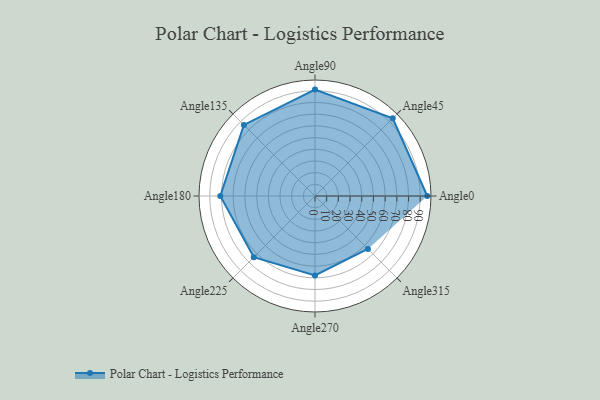
{"axis": {"x": "Angle", "y": "Radius"}, "legend": [""], "data": [{"x": "Angle0", "y": 96.0, "type": ""}, {"x": "Angle45", "y": 94.0, "type": ""}, {"x": "Angle90", "y": 91.0, "type": ""}, {"x": "Angle135", "y": 86.0, "type": ""}, {"x": "Angle180", "y": 81.0, "type": ""}, {"x": "Angle225", "y": 74.0, "type": ""}, {"x": "Angle270", "y": 68.0, "type": ""}, {"x": "Angle315", "y": 64.0, "type": ""}]}